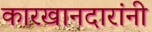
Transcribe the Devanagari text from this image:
कारखानदारांनी